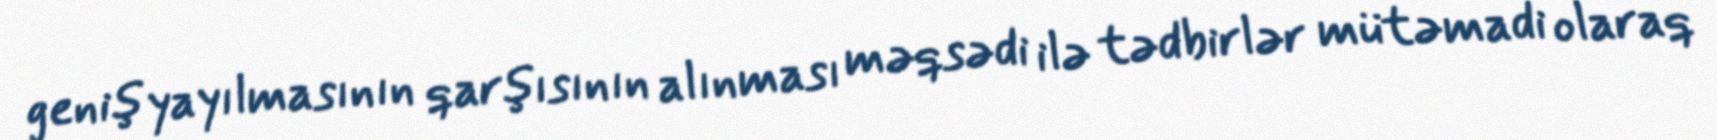
geniş yayılmasının qarşısının alınması məqsədi ilə tədbirlər mütəmadi olaraq